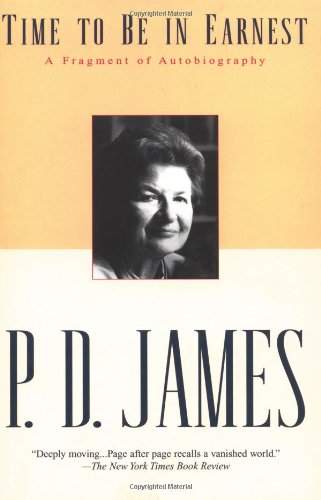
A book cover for Time to Be in Earnest: A Fragment of Autobiography; P.D. James; Mystery, Thriller & Suspense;